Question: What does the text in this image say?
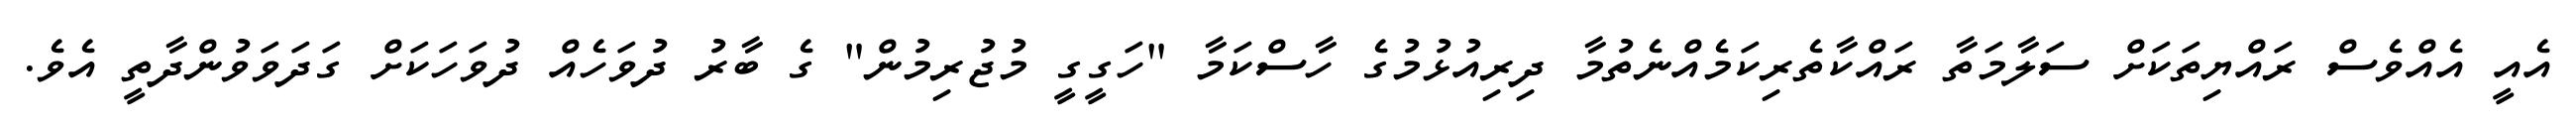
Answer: އެއީ އެއްވެސް ރައްޔިތަކަށް ސަލާމަތާ ރައްކާތެރިކަމެއްނެތުމާ ދިރިއުޅުމުގެ ހާސްކަމާ "ހަގީގީ މުޖުރިމުން" ގެ ބާރު ދުވަހެއް ދުވަހަކަށް ގަދަވަވުންދާތީ އެވެ.